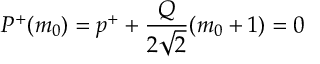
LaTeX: P ^ { + } ( m _ { 0 } ) = p ^ { + } + \frac { Q } { 2 \sqrt { 2 } } ( m _ { 0 } + 1 ) = 0